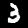
Label: 3